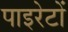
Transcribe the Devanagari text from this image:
पाइरेटों